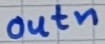
Text: outn